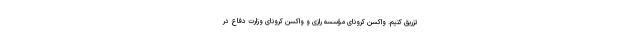
تزریق کنیم. واکسن کرونای مؤسسه رازی و واکسن کرونای وزارت دفاع در